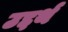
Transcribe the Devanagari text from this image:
उद्दर्थ